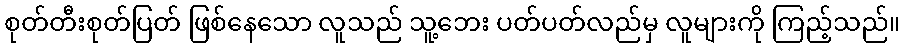
စုတ်တီးစုတ်ပြတ် ဖြစ်နေသော လူသည် သူ့ဘေး ပတ်ပတ်လည်မှ လူများကို ကြည့်သည်။